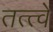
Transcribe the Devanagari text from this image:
तत्त्वें